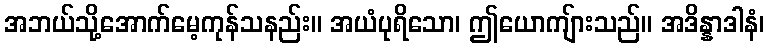
အဘယ်သို့အောက်မေ့ကုန်သနည်း။ အယံပုရိသော၊ ဤယောကျ်ားသည်။ အဒိန္နာဒါနံ၊